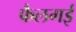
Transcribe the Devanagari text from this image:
फैलगई